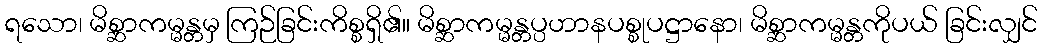
ရသော၊ မိစ္ဆာကမ္မန္တမှ ကြဉ်ခြင်းကိစ္စရှိ၏။ မိစ္ဆာကမ္မန္တပ္ပဟာနပစ္စုပဋ္ဌာနော၊ မိစ္ဆာကမ္မန္တကိုပယ် ခြင်းလျှင်